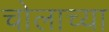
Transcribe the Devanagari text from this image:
चोलाच्या